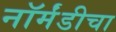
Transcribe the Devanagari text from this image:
नॉर्मंडीचा